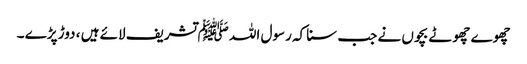
چھوے چھوٹے بچوں نے جب سنا کہ رسول اللہ ﷺ تشریف لائے ہیں ، دوڑ پڑے ۔